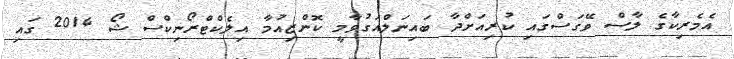
އެމެރިކާގެ ލާސް ވޭގަސްގައި ކުރިއަށްދާ ބައިނަލްއަގުވާމީ ކޮންޒިއުމާ އިލެކްޓްރޯނިކްސް ޝޯ 2014 ގައި